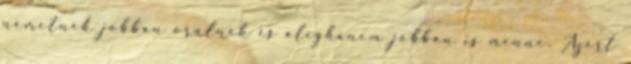
németnek jobban örülnék és alighanem jobban is menne. Azért